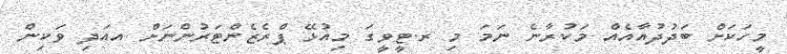
މީހަކަށް ބަދުދުއާއެއް މަކުރާނެ ނަމަ މި ރ.ޓީވީގަ މިިއުޅޭ ޕްރެޒެންޓަރުންނަށް އއަދި ވަކިން